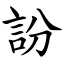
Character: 訜